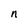
Character: n